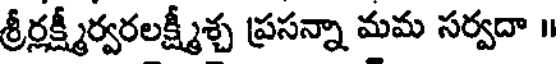
శ్రీర్లక్ష్మీర్వరలక్ష్మీశ్చ ప్రసన్నా మమ సర్వదా ॥